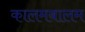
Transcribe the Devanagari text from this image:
कालमबालम